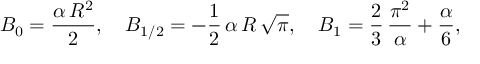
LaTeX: B _ { 0 } = \frac { \alpha \, R ^ { 2 } } { 2 } , \quad B _ { 1 / 2 } = - \frac { 1 } { 2 } \, \alpha \, R \, \sqrt \pi , \quad B _ { 1 } = \frac { 2 } { 3 } \, \frac { \pi ^ { 2 } } { \alpha } + \frac { \alpha } { 6 } ,